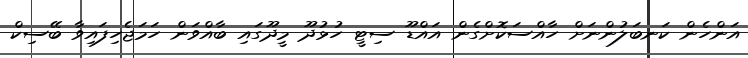
އަންހެން ކަނބަލުންނަށް ހާއްސަކޮށްގެން އައްޑޫ ސިޓީ ހުޅުދޫ މީދޫގައި ބާއްވަން ހަމަޖެހިފައިވާ ބޭސިކް